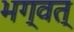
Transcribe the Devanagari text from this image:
भग्वत्